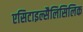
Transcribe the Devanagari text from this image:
एसिटाइल्सैलिसिलिक